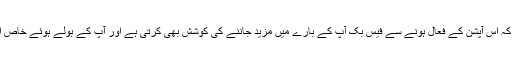
پروفیسر کیلی کا کہنا ہے کہ اس آپشن کے فعال ہونے سے فیس بک آپ کے بارے میں مزید جاننے کی کوشش بھی کرتی ہے اور آپ کے بولے ہوئے خاص الفاظ کو نوٹ کر لیتی ہے۔